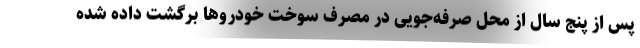
پس از پنج سال از محل صرفه‌جویی در مصرف سوخت خودروها برگشت داده شده